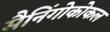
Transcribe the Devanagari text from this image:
मैनिंगोकोकल